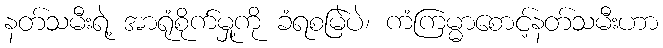
နတ်သမီးရဲ့ အာရုံစိုက်မှု့ကို ခံရစမြဲပဲ၊ ကံကြမ္မာစောင့်နတ်သမီးဟာ